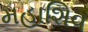
મહાશિવ